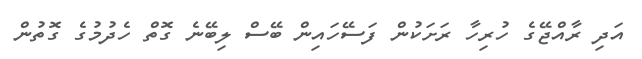
އަދި ރާއްޖޭގެ ހުރިހާ ރަށަކުން ފަސޭހައިން ބޭސް ލިބޭނެ ގޮތް ހެދުމުގެ ގޮތުން